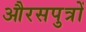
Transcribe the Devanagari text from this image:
औरसपुत्रों